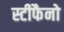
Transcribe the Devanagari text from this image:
स्टीफैनो